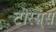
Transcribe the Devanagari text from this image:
टोरस्र्स